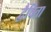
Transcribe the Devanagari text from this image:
द्वैषिता